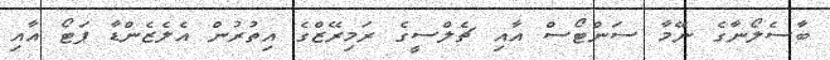
ބާސެލޯނާގެ ނޭމާ ސަންޓޯސް އާއި ޗެލްސީގެ ރަމިރޭޒްގެ އިތުރުން އެލެޒެންޑާ ޕަޓޯ އާއި